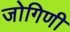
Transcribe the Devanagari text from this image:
जोगिणी